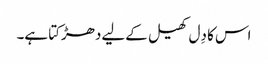
اس کا دِل کھیل کےلیے دھڑکتا ہے۔